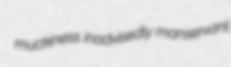
muckiness inadvisedly manservant